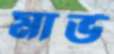
মার্ভ